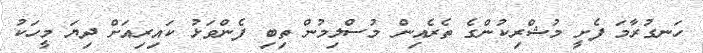
ހަނގުރާމަ ފެށީ މުޝްރިކުންގެ ތެރެއިން މުސްލިމުން ތިބި ފެންވަޅު ކައިރިއަށް ދިޔަ މީހަކު